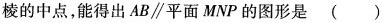
棱的中点，能得出AB∥平面MNP的图形是（）